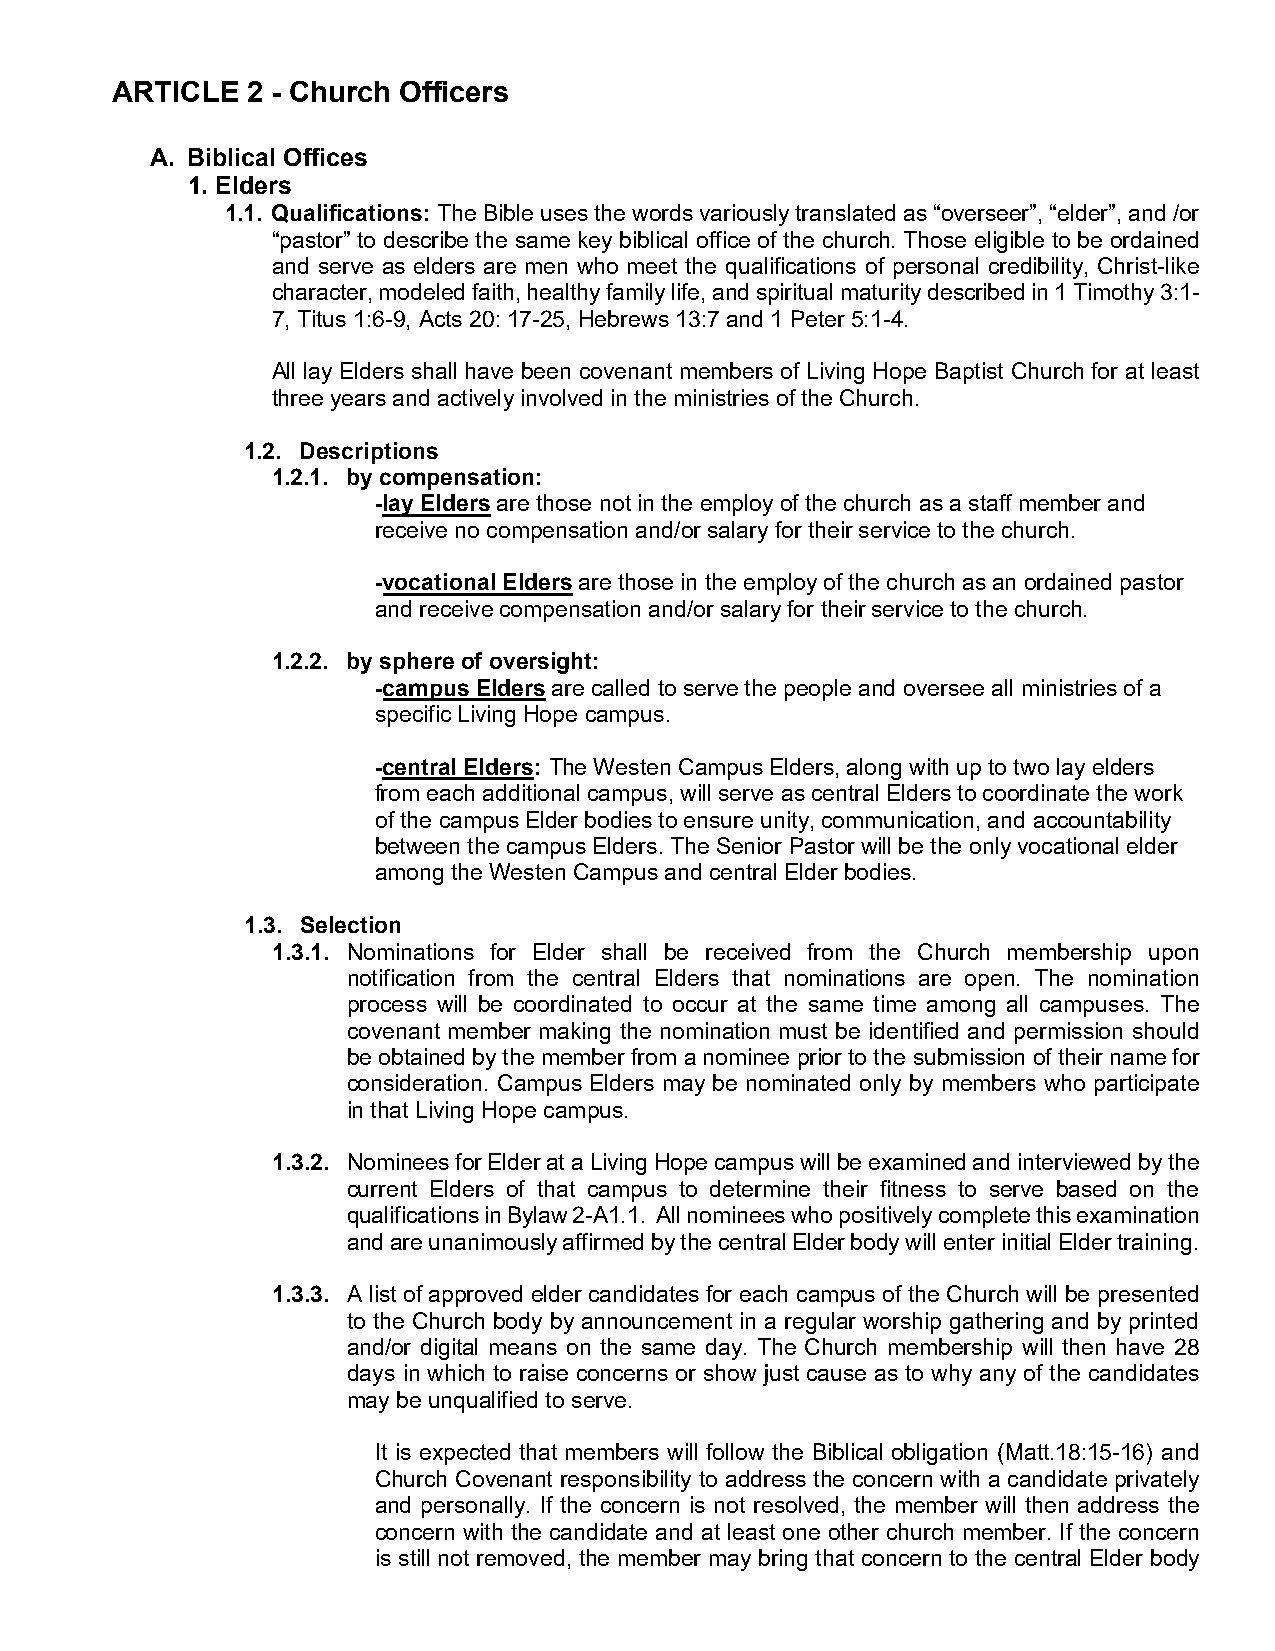
ARTICLE  2 - Church Officers
 A. Biblical Offices
 1. Elders
 1.1. Qualifications: The Bible uses the words variously translated as “overseer”, “elder”, and /or
 “pastor” to describe the same key biblical office of the church. Those eligible to be ordained
 and serve as elders are men who meet the qualifications of personal credibility, Christ-like
 character, modeled faith, healthy family life, and spiritual maturity described in 1 Timothy 3:1-
 7, Titus 1:6-9, Acts 20: 17-25, Hebrews 13:7 and 1 Peter 5:1-4.
 All lay Elders shall have been covenant members of Living Hope Baptist Church for at least
 three years and actively involved in the ministries of the Church.
 1.2. Descriptions
 1.2.1. by compensation:
 -lay Elders are those not in the employ of the church as a staff member and
 receive no compensation and/or salary for their service to the church.
 -vocational Elders are those in the employ of the church as an ordained pastor
 and receive compensation and/or salary for their service to the church.
 1.2.2. by sphere of oversight:
 -campus Elders are called to serve the people and oversee all ministries of a
 specific Living Hope campus.
 -central Elders: The Westen Campus Elders, along with up to two lay elders
 from each additional campus, will serve as central Elders to coordinate the work
 of the campus Elder bodies to ensure unity, communication, and accountability
 between the campus Elders. The Senior Pastor will be the only vocational elder
 among the Westen Campus and central Elder bodies.
 1.3. Selection
 1.3.1. Nominations for Elder shall be received from the Church membership upon
 notification from the central Elders that nominations are open. The nomination
 process will be coordinated to occur at the same time among all campuses. The
 covenant member making the nomination must be identified and permission should
 be obtained by the member from a nominee prior to the submission of their name for
 consideration. Campus Elders may be nominated only by members who participate
 in that Living Hope campus.
 1.3.2. Nominees for Elder at a Living Hope campus will be examined and interviewed by the
 current Elders of that campus to determine their fitness to serve based on the
 qualifications in Bylaw 2-A1.1. All nominees who positively complete this examination
 and are unanimously affirmed by the central Elder body will enter initial Elder training.
 1.3.3. A list of approved elder candidates for each campus of the Church will be presented
 to the Church body by announcement in a regular worship gathering and by printed
 and/or digital means on the same day. The Church membership will then have 28
 days in which to raise concerns or show just cause as to why any of the candidates
 may be unqualified to serve.
 It is expected that members will follow the Biblical obligation (Matt.18:15-16) and
 Church Covenant responsibility to address the concern with a candidate privately
 and personally. If the concern is not resolved, the member will then address the
 concern with the candidate and at least one other church member. If the concern
 is still not removed, the member may bring that concern to the central Elder body